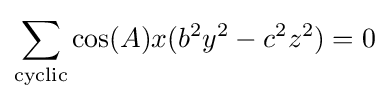
\sum _{\text{cyclic}}\cos(A)x(b^{2}y^{2}-c^{2}z^{2})=0